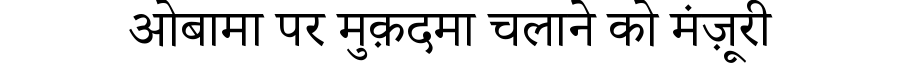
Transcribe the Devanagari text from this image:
ओबामा पर मुक़दमा चलाने को मंज़ूरी